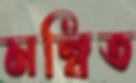
মন্বিত